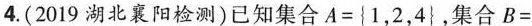
4.(2019湖北襄阳检测)已知集合$$A = { 1，2，4 }$$，集合$$B =